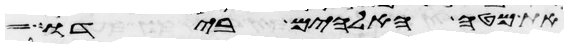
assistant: את מטה האלהים בידו